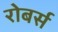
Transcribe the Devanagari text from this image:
रोबर्स